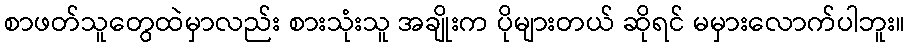
စာဖတ်သူတွေထဲမှာလည်း စားသုံးသူ အချိုးက ပိုများတယ် ဆိုရင် မမှားလောက်ပါဘူး။